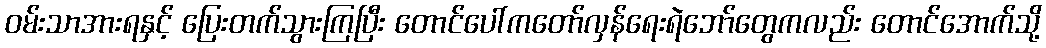
ဝမ်းသာအားရနှင့် ပြေးတက်သွားကြပြီး တောင်ပေါ်ကတော်လှန်ရေးရဲဘော်တွေကလည်း တောင်အောက်သို့